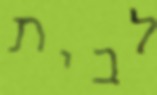
לבית